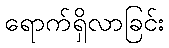
ရောက်ရှိလာခြင်း